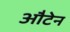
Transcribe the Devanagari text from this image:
औटेन